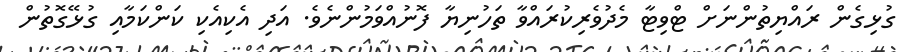
ގުޅިގެން ރައްޔިތުންނަށް ޓްވިޓާ މެދުވެރިކުރައްވާ ތަހުނިޔާ ފޮނުއްވަމުންނެވެ. އަދި އެކިއެކި ކަންކަމާއި ގުޅޭގޮތުން